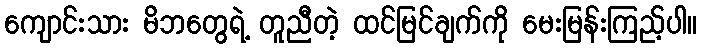
ကျောင်းသား မိဘတွေရဲ့ တူညီတဲ့ ထင်မြင်ချက်ကို မေးမြန်းကြည့်ပါ။